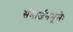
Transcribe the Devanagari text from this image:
संमार्जनंभूमेः